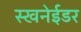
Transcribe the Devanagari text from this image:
स्खनेईडर